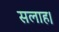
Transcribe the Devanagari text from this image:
सलाह।